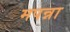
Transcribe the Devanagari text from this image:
मपन्ना